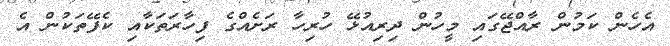
އެހެން ކަމުން ރާއްޖޭގައި މީހުން ދިރިއުޅޭ ހުރިހާ ރަށެއްގެ ފިހާރަތަކާއި ކެފޭތަކުން އެ